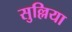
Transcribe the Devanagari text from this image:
सुल्लिया